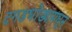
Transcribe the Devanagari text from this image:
दगडधोंड्यामधून